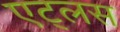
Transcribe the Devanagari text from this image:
एट्लस